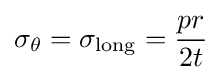
\sigma _{\theta }=\sigma _{\rm {long}}={\frac {pr}{2t}}